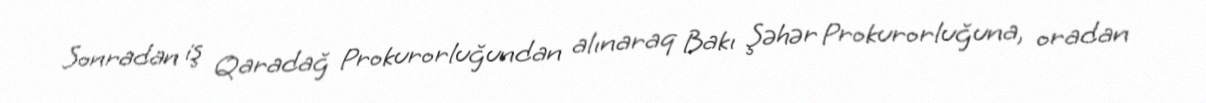
Sonradan iş Qaradağ Prokurorluğundan alınaraq Bakı Şəhər Prokurorluğuna, oradan